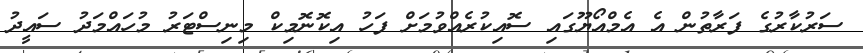
ސަރުކާރުގެ ފަރާތުން އެ އެމްއޯޔޫގައި ސޮއިކުރެއްވުމަށް ފަހު އިކޮނޮމިކް މިނިސްޓަރު މުހައްމަދު ސައީދު